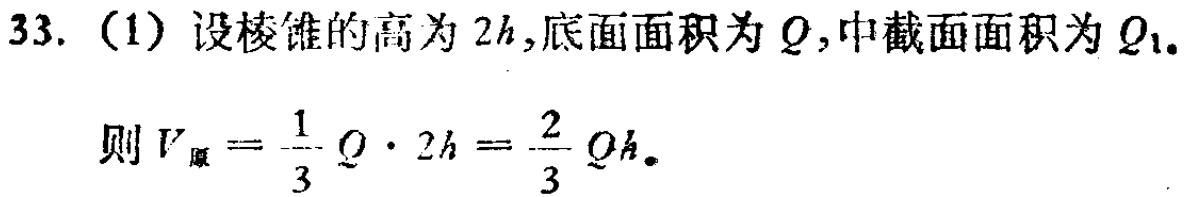
33.（1）设棱锥的高为 \(2h\)，底面面积为 \(Q\)，中截面面积为 \(Q_{1}\)。

则 \(V_{原}=\frac{1}{3}Q\cdot 2h = \frac{2}{3}Qh\)。